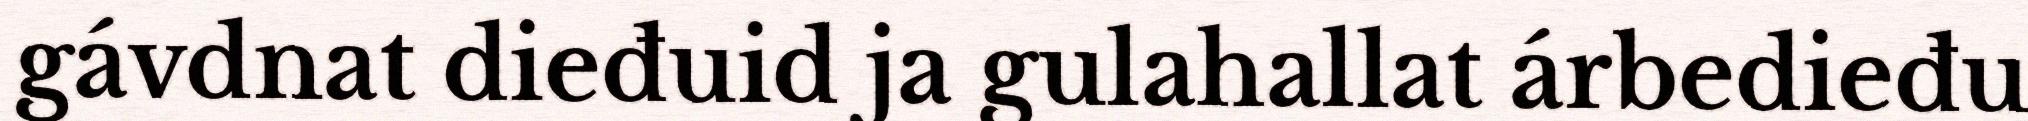
gávdnat dieđuid ja gulahallat árbedieđu